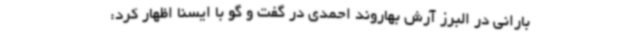
بارانی در البرز آرش بهاروند احمدی در گفت و گو با ایسنا اظهار کرد: